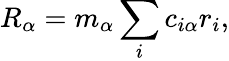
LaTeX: R_{\alpha}=m_{\alpha}\sum_{i}c_{i\alpha}r_{i},